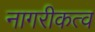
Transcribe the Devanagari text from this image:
नागरीकत्व